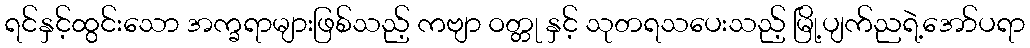
ရင်နှင့်ထွင်းသော အက္ခရာများဖြစ်သည့် ကဗျာ ဝတ္တု နှင့် သုတရသပေးသည့် မြို့ပျက်ညရဲ့အော်ပရာ